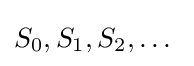
S_{0},S_{1},S_{2},\dots \